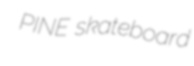
PINE skateboard